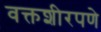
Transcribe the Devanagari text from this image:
वक्तशीरपणे